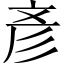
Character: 彥